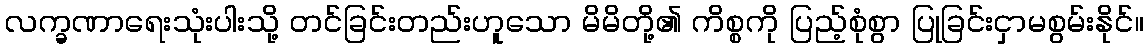
လက္ခဏာရေးသုံးပါးသို့ တင်ခြင်းတည်းဟူသော မိမိတို့၏ ကိစ္စကို ပြည့်စုံစွာ ပြုခြင်းငှာမစွမ်းနိုင်။